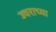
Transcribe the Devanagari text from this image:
ज्वराच्या